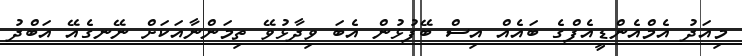
މިއަދު އެމްއެންޑީއެފްގެ ބައެއް އިސް ބޭފުޅުން އެބަ ވިދާޅުވޭ ތިމަންނާއަކަށް ނޭނގެއޭ އަބްދު